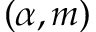
( \alpha , m )